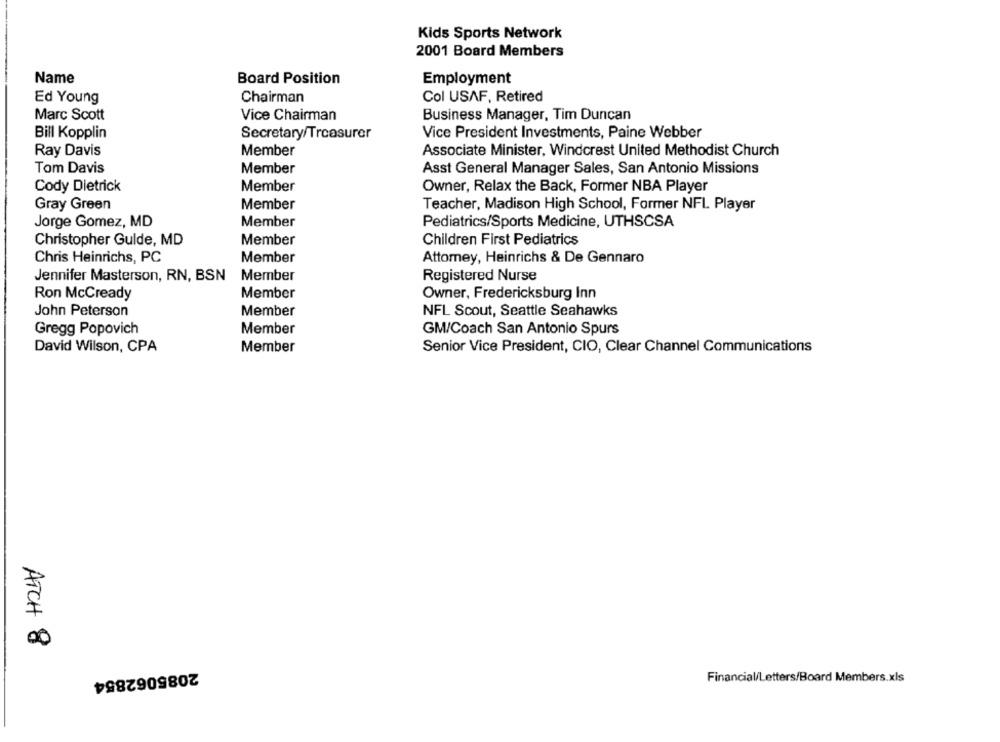
Kids Sports Network
2001 Board Members
Name
Board Position
Employment
Ed Young
Chairman
Col USAF, Retired
Marc Scott
Vice Chairman
Business Manager, Tim Duncan
Vice President Investments, Paine Webber
Bill Kopplin
Secretary/Treasurer
Ray Davis
Member
Associate Minister, Windcrest United Methodist Church
Tom Davis
Member
Asst General Manager Sales, San Antonio Missions
Cody Dietrick
Member
Owner, Relax the Back, Former NBA Player
Gray Green
Member
Teacher, Madison High School, Former NFL Player
Jorge Gomez, MD
Member
Pediatrics/Sports Medicine, UTHSCSA
Christopher Gulde, MD
Member
Children First Pediatrics
Chris Heinrichs, PC
Member
Attomey, Heinrichs & De Gennaro
Jennifer Masterson, RN, BSN
Member
Registered Nurse
Ron McCready
Member
Owner, Fredericksburg Inn
John Peterson
Member
NFL Scout, Seattle Seahawks
Gregg Popovich
Member
GM/Coach San Antonio Spurs
David Wilson, CPA
Member
Senior Vice President, CIO, Clear Channel Communications
ATCH 8
2085062854
Financial/Letters/Board Members.xls